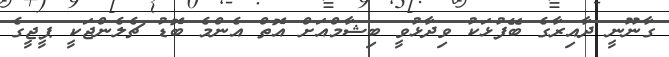
ގާނޫނީ ދާއިރާގެ ބޭފުޅަކު ވިދާޅުވީ ބިޝާމްއަށް އޮތް އެންމެ ބޮޑު ޗެލެންޖަކީ ޕީޖީގެ